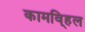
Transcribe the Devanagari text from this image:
कामवि्हल